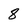
Character: 8